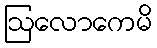
ဩလောကေမိ